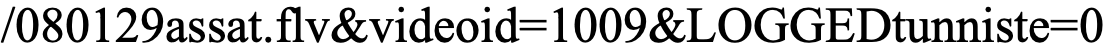
/080129assat.flv&videoid=1009&LOGGEDtunniste=0